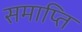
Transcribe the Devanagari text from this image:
समाप्‍ति